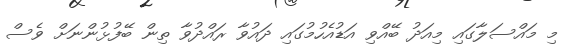
މި މައްސަލާގައި މިއަދު ބޭއްވި އަޑުއެހުމުގައި ދައުވާ ރައްދުވާ ތިން ބޭފުޅުންނަށް ވެސް